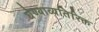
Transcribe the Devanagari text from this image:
घेण्याव्यतिरिक्त